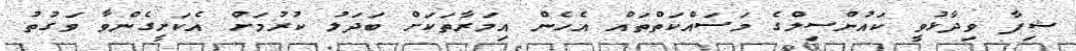
ޝިފާ ވިދާޅުވީ ކައުންސިލްގެ މަސައްކަތްތައް އެހެން އިމަރާތަކަށް ބަދަލު ކުރުމަށް އެކަށީގެންވާ ވަގުތު